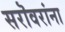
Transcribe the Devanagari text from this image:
सरॊवरांना